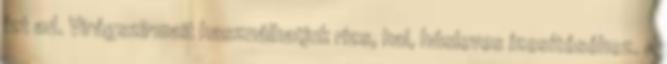
ízt ad. Virágszirmait használhatjuk rizs, hal, húsleves ízesítéséhez. A